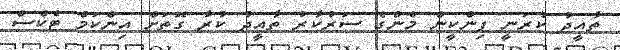
ތާއީދު ކުރަނީ ޕިންކީން މެންގެ ސަރުކާރު ތާއީދު ކުރާ ގޮތަށް އިންކަމް ޓެކްސް